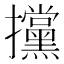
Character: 攩